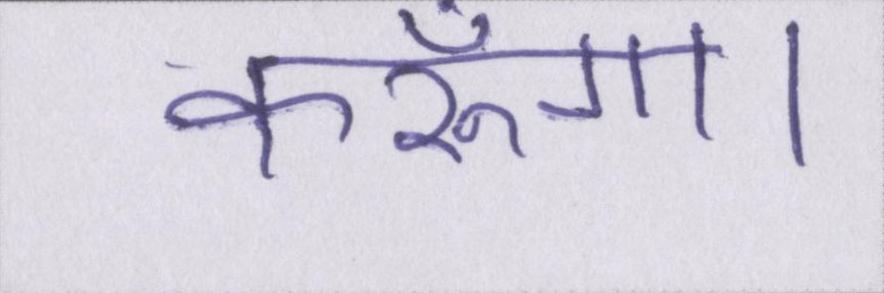
करूँगा।